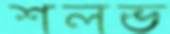
শলভ